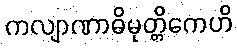
ကလျာဏာဓိမုတ္တိကေဟိ